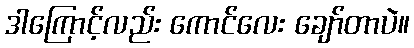
ဒါကြောင့်လည်း ကောင်လေး ချော်တာပဲ။